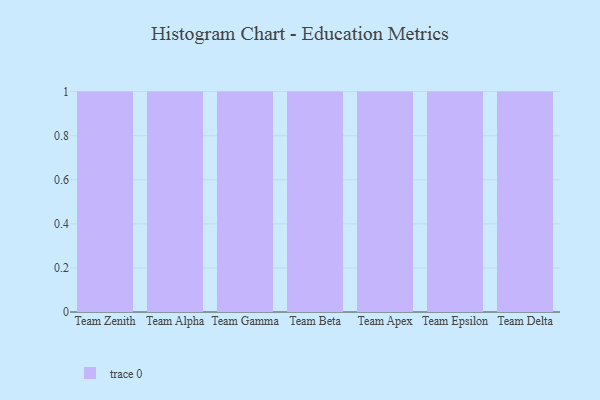
{"axis": {"x": "Team", "y": "Churn Rate (%)"}, "legend": [""], "data": [{"x": "Team Zenith", "y": 15, "type": ""}, {"x": "Team Alpha", "y": 26, "type": ""}, {"x": "Team Gamma", "y": 33, "type": ""}, {"x": "Team Beta", "y": 78, "type": ""}, {"x": "Team Apex", "y": 81, "type": ""}, {"x": "Team Epsilon", "y": 100, "type": ""}, {"x": "Team Delta", "y": 42, "type": ""}]}